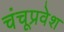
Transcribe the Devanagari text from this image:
चंचूप्रवेश